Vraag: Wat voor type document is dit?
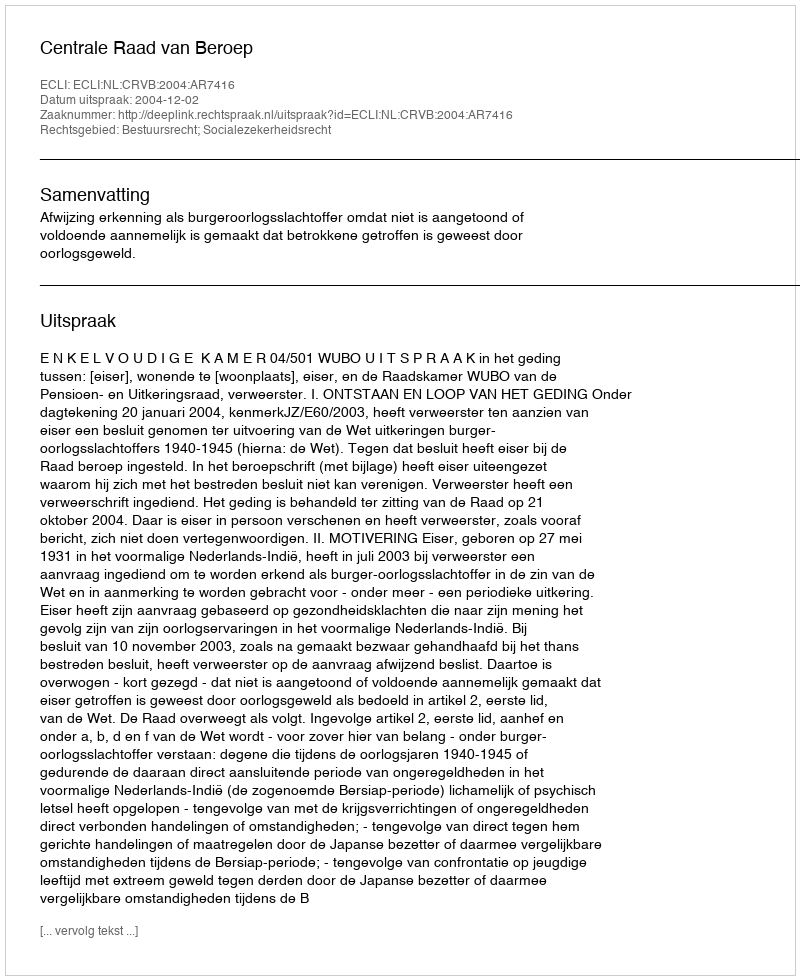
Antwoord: Uitspraak